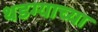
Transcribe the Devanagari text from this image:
थडग्याच्या